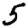
Digit: 5